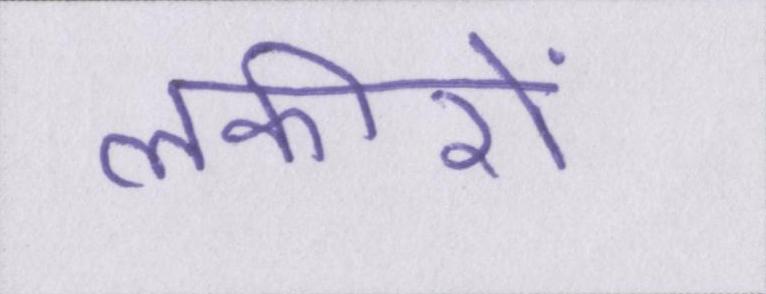
लकीरों